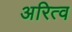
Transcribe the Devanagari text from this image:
अरित्व